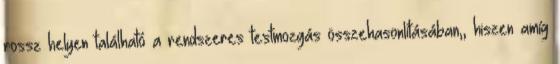
rossz helyen található a rendszeres testmozgás összehasonlításában,, hiszen amíg